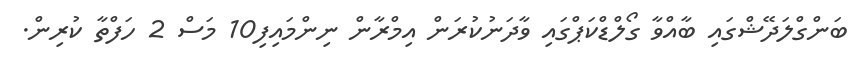
ބަންގްލަދޭޝްގައި ބާއްވާ ގޯލްޑްކަޕްގައި ވާދަނުކުރަން އިމްރާން ނިންމައިފި10 މަސް 2 ހަފްތާ ކުރިން.